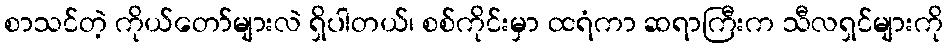
စာသင်တဲ့ ကိုယ်တော်များလဲ ရှိပါတယ်၊ စစ်ကိုင်းမှာ ထရံကာ ဆရာကြီးက သီလရှင်များကို